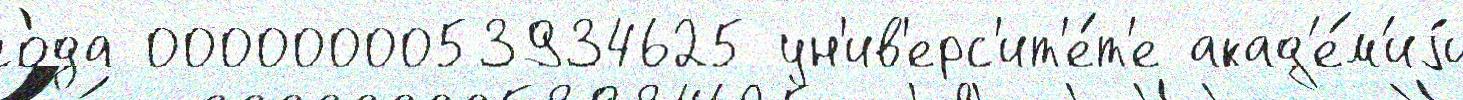
го́да 0000000053934625 ун'ив'ерс'ит'е́т'е акад'е́м'иjи